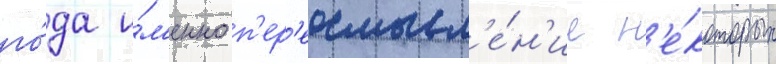
го́да и́м'енно п'ер'еосмысл'е́н'ие н'е́которых